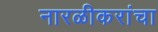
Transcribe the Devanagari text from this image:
नारळीकरांचा